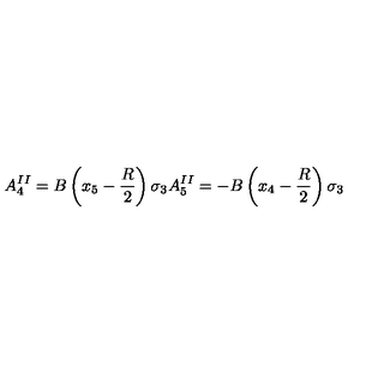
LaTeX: A _ { 4 } ^ { I I } = B \left( x _ { 5 } - { \frac { R } { 2 } } \right) \sigma _ { 3 } A _ { 5 } ^ { I I } = - B \left( x _ { 4 } - { \frac { R } { 2 } } \right) \sigma _ { 3 }